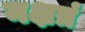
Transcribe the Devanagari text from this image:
नक्षत्रं